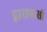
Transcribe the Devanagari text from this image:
द्वारापासी